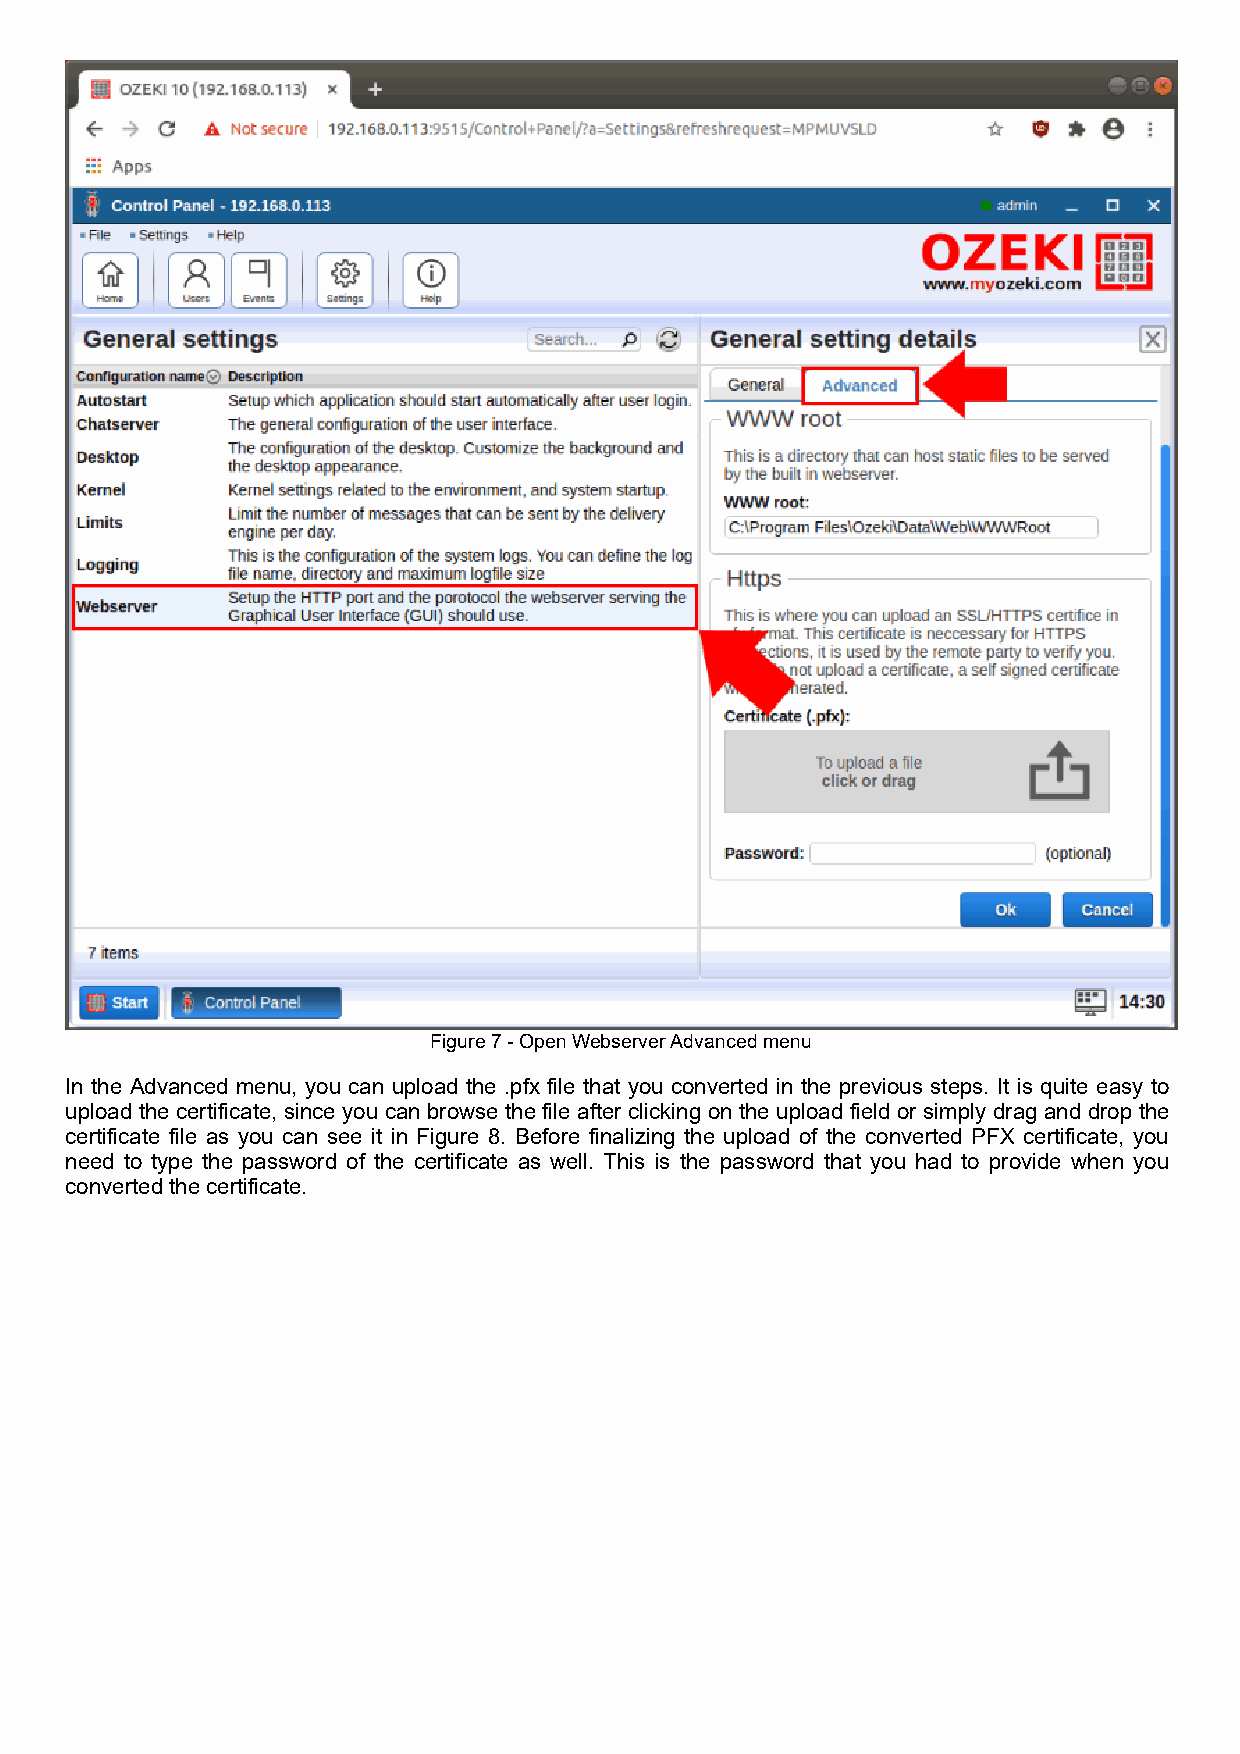
Figure 7 - Open Webserver Advanced menu
 In the Advanced menu, you can upload the .pfx file that you converted in the previous steps. It is quite easy to
 upload the certificate, since you can browse the file after clicking on the upload field or simply drag and drop the
 certificate file as you can see it in Figure 8. Before finalizing the upload of the converted PFX certificate, you
 need to type the password of the certificate as well. This is the password that you had to provide when you
 converted the certificate.